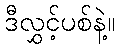
ဒီလွှင့်ပစ်နဲ့။